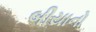
બીયાનો